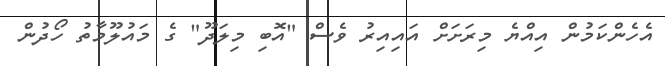
އެހެންކަމުން އިއްޔެ މިރަށަށް އައިއިރު ވެސް "އޮބި މިލަދޫ" ގެ މައުލޫމާތު ހޯދުން